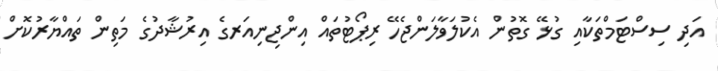
އަދި ސިސްޓަމްތަކާއި ގުޅޭ ގޮތުން އެކުލަވާލަންޖެހޭ ރިޕޯޓުތައް އިންޖިނިއަރގެ އިރުޝާދުގެ މަތިން ތައްޔާރުކޮށް